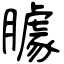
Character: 臄